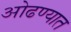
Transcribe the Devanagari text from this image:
ओढण्यात